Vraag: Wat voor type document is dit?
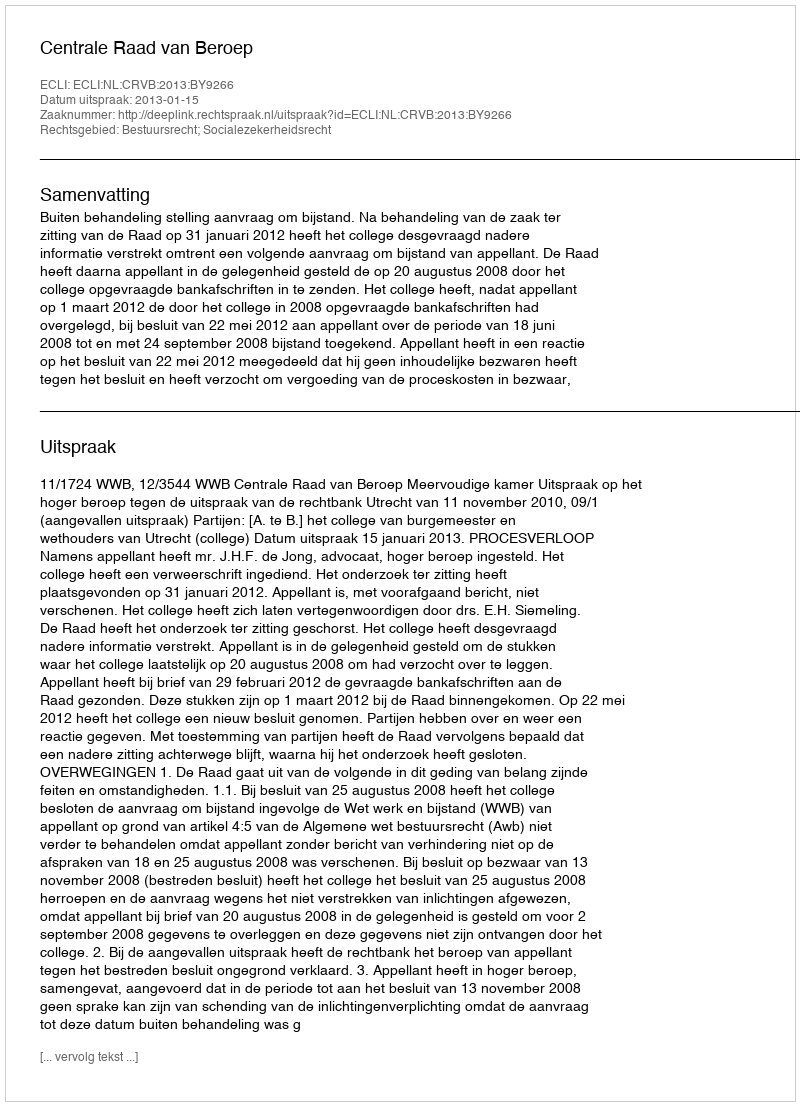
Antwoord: Uitspraak